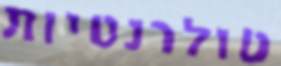
טולרנטיות